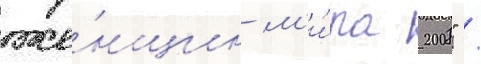
же́нщин м'и́ра 2008" /